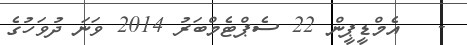
-   އެމްޑީޕީން 22 ސެޕްޓެމްބަރު 2014 ވަނަ ދުވަހުގެ